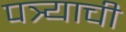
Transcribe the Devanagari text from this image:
पत्र्याची